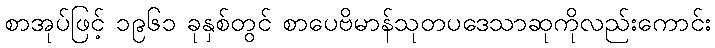
စာအုပ်ဖြင့် ၁၉၆၁ ခုနှစ်တွင် စာပေဗိမာန်သုတပဒေသာဆုကိုလည်းကောင်း